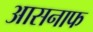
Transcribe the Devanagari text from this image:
आसनाफ